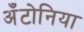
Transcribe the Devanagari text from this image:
अँटोनिया